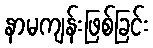
နာမကျန်းဖြစ်ခြင်း